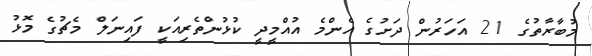
މުބާރާތުގެ 21 އަހަރުން ދަށުގެ އެންމެ އުއްމީދީ ކުޅުންތެރިއަކީ ފައިނަލް މެޗުގެ މޮޅު